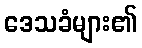
ဒေသခံများ၏